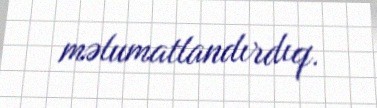
məlumatlandırdıq.